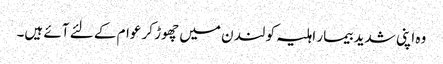
وہ اپنی شدید بیمار اہلیہ کو لند ن میں چھوڑ کر عوام کے لئے آئے ہیں۔